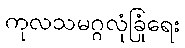
ကုလသမဂ္ဂလုံခြုံရေး